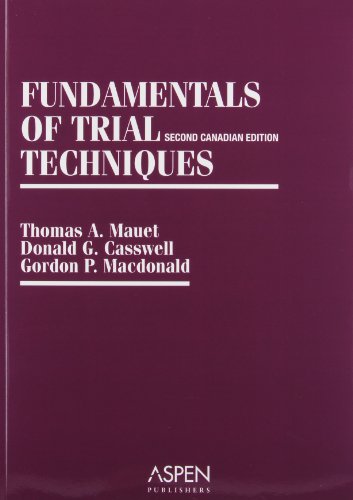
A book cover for Fundamentals of Trial Techniques: Canadian, 2nd Edition (Coursebook Series); Professor Thomas A. Mauet; Law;